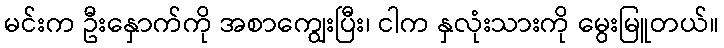
မင်းက ဦးနှောက်ကို အစာကျွေးပြီး၊ ငါက နှလုံးသားကို မွေးမြူတယ်။